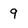
Character: 9